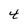
Character: 4